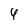
Character: 4